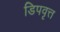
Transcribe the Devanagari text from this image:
डिपवृत्त